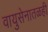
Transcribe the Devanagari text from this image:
वायुसेनातळही